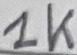
Text: 1K